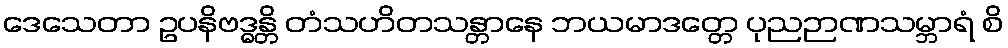
ဒေသေတာ ဥပနိဗဒ္ဓန္တိ တံသဟိတသန္တာနေ ဘယမာဒတ္တေ ပုညဉာဏသမ္ဘာရံ စိ